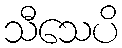
သီသေပိ